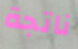
ناتجة